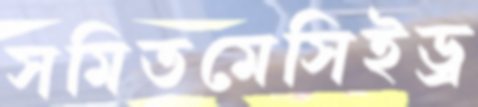
সমিতমেসিইড্র